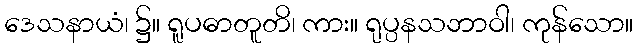
ဒေသနာယံ၊ ၌။ ရူပဓာတူတိ၊ ကား။ ရုပ္ပနသဘာဝါ၊ ကုန်သော။